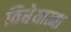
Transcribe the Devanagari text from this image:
विधेयात्मा